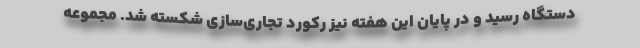
دستگاه رسید و در پایان این هفته نیز رکورد تجاری‌سازی شکسته شد. مجموعه